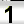
Digit: 1